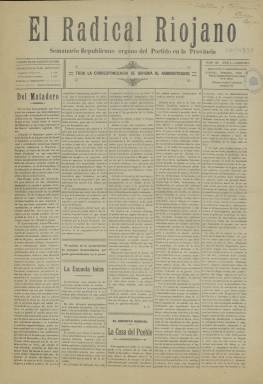
Título: El Radical riojano
Colección: Periódicos
Ámbito geográfico: La Rioja
Lugar de publicación: Logroño [La Rioja]
Fechas: 14/08/1911-14/08/1911